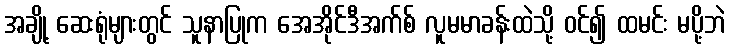
အချို့ ဆေးရုံများတွင် သူနာပြုက အေအိုင်ဒီအက်စ် လူမမာခန်းထဲသို့ ဝင်၍ ထမင်း မပို့ဘဲ